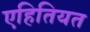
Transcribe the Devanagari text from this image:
एहितियत